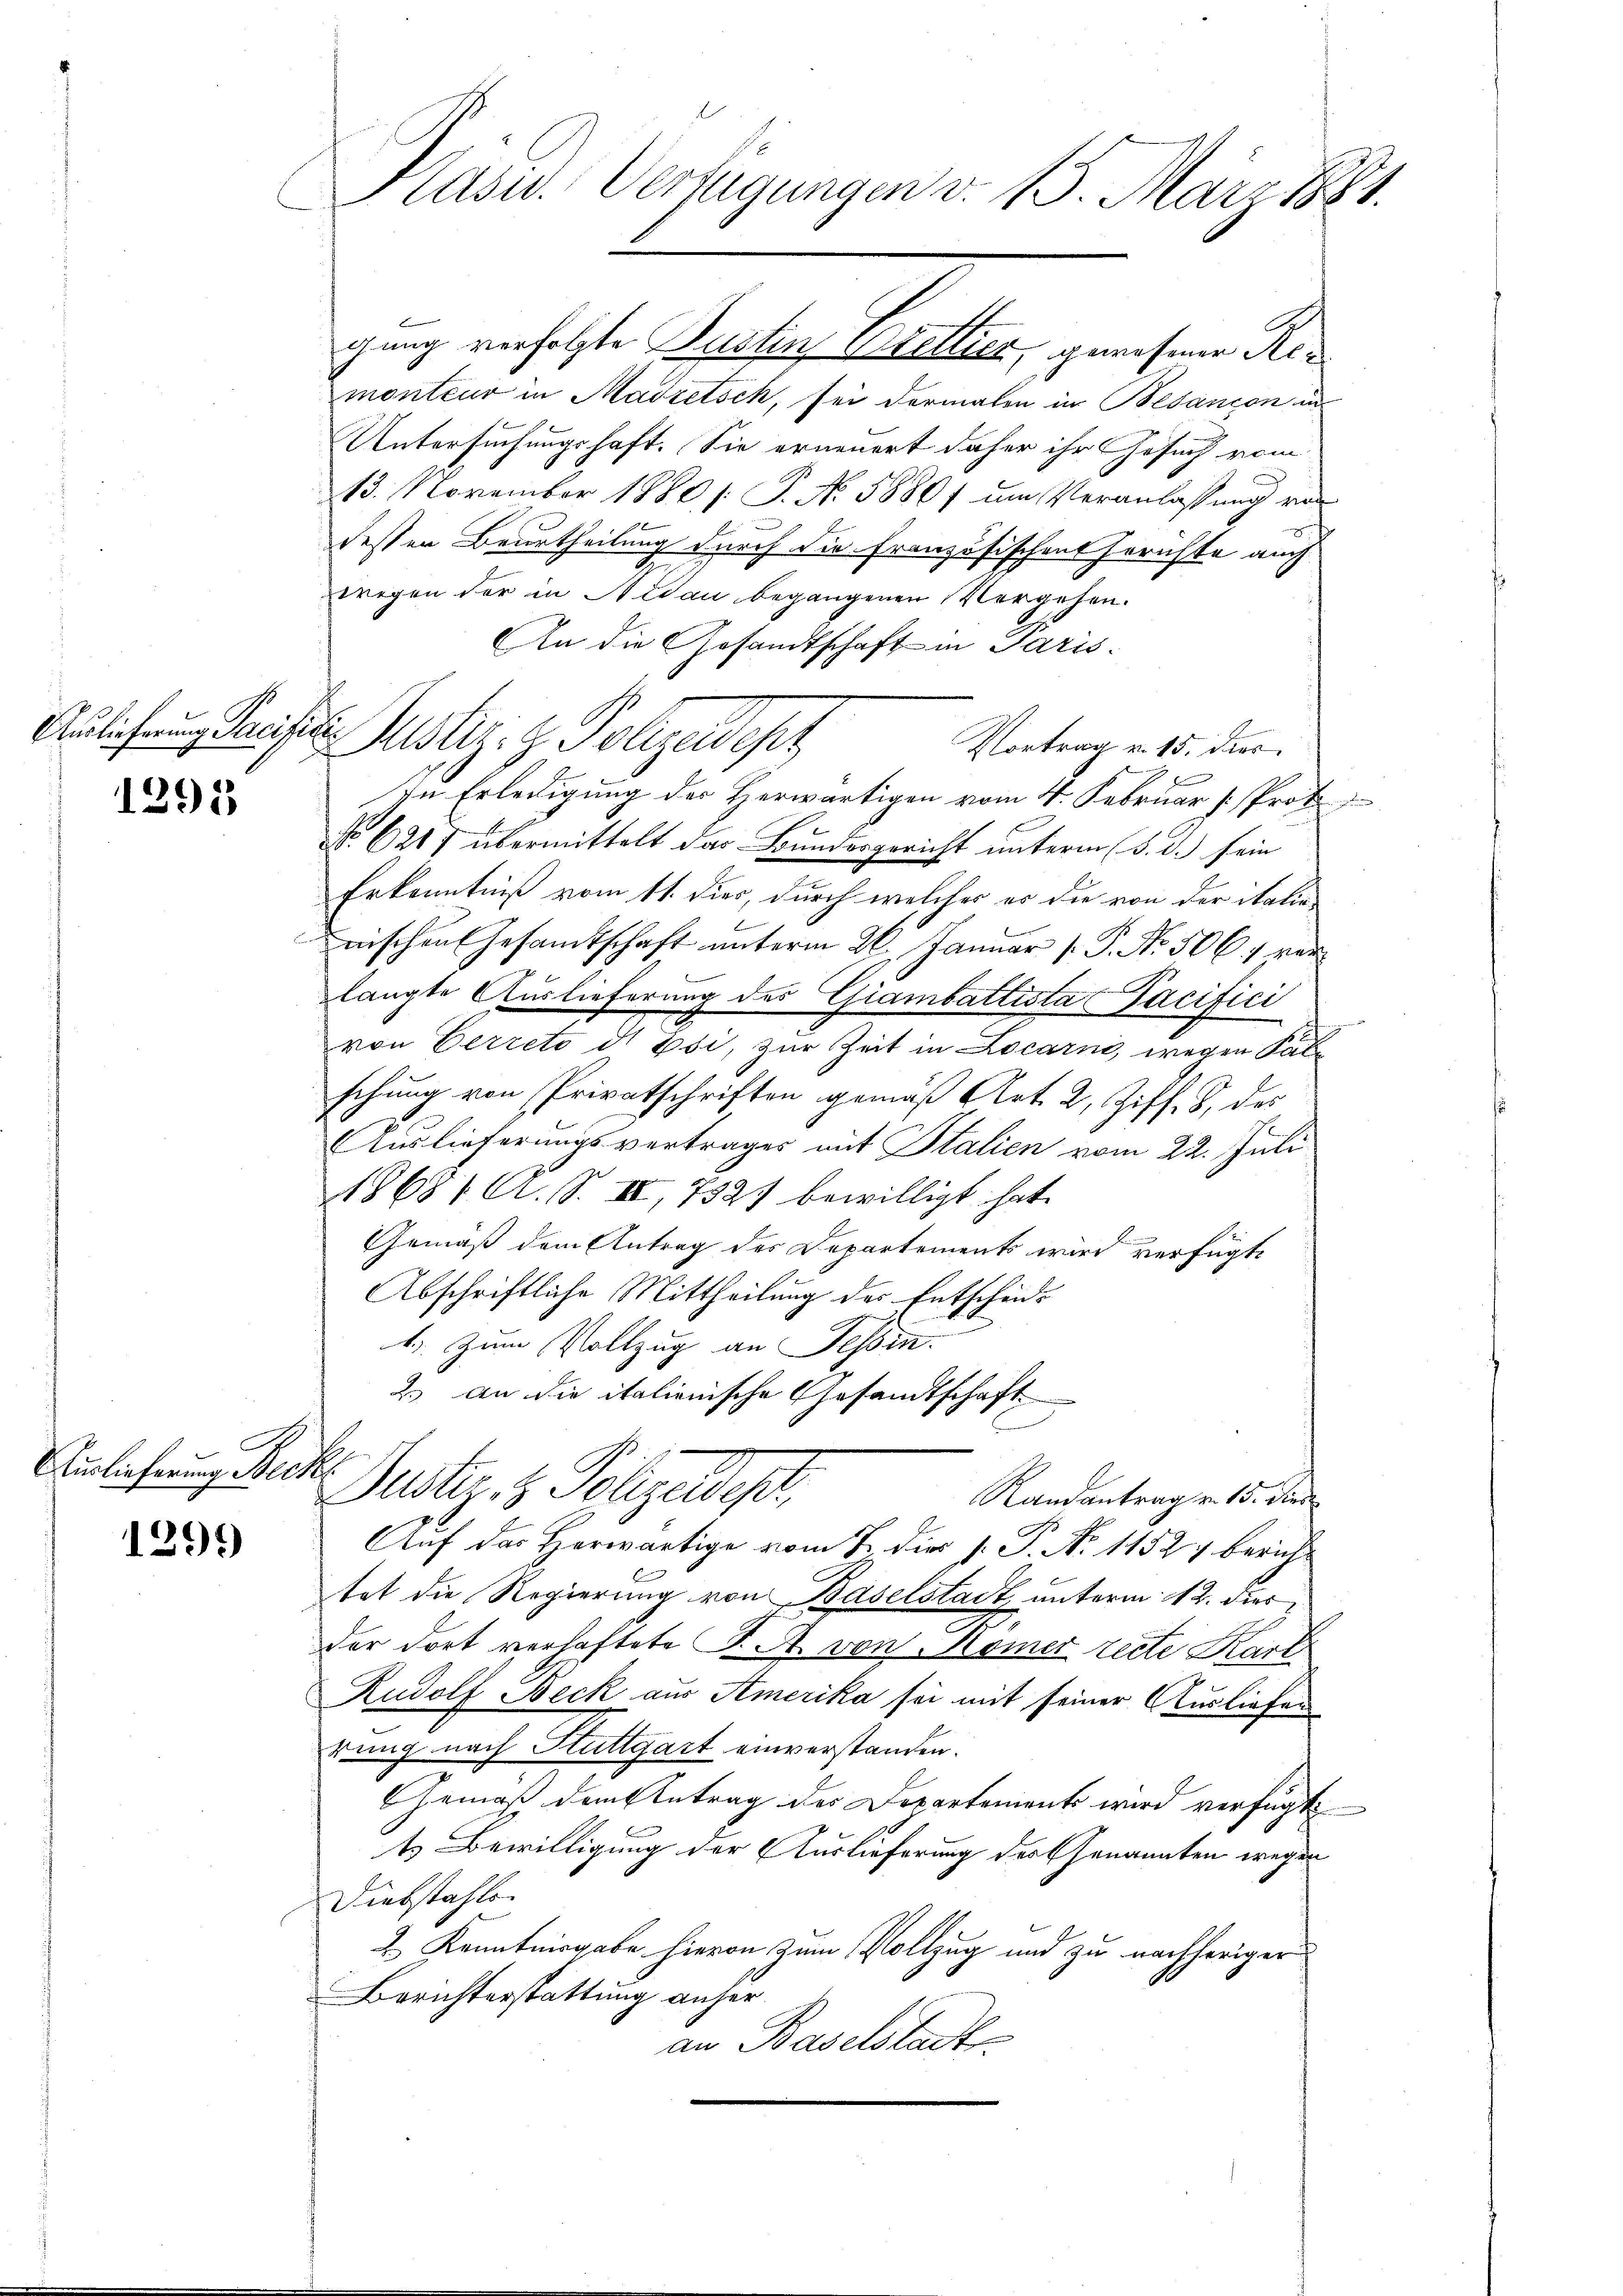
1291)

Auslieferung Beck

1299

Präsid. Verfügungen v. 15. März 1881.

monteur in Madretsch, sei dermalen in Besançon un
Untersuchungshaft. Sie erneuert daher ihr Gesuch vom
13. November 1880 /: P. No. 5880 um Veranlassung vor
dessen Beurtheilung durch die Französischen Errichte auch
wegen der in Nidau begangenen Vergehen.
An die Gesandtschaft in Paris.
Vortrag v. 15. dies
In Erledigung der Herwärtigen vom 4. Februar [Prot
No 6217 übermittelt das Bundesgericht unterm 5. d.) sein
Erkenntniß vom 11. Dies, durch welcher er die von der italinnischen Gesamtschaft unterm 26. Januar [ P. Nr. 506. 1 ver
langte Auslieferung des Giambattista Facifici
von Herreto di Esi, zur Zeit in Locarni, wegen Salschung von Privatschriften gemäß Art. 2, Ziff. 8. des
Auslieferungsvertrages mit Italien vom 22. Juli
18681 A. S. II, 7321 bewilligt hat.
Gemäß dem Antrag des Departements wird verfügte
Abschriftliche Mittheilung des Entschäd¬
1). Zum Vollzug an Tessin.
2.) An die italienische Gesandtschaft
.
Justiz- & Polizeidet,
Randantrag v. 15. Die
Auf das Herwärtige vom 2. die 1. P. Nr. 11527 berichtat die Regierung von Baselstadt unterm 12. dies
der dort verhaftete K. A. von Römer recte Karl
Rudolf Beck aus Amerika sei mit seiner Ausliefen
rung nach Stuttgart einverstanden.
Gemäß dem Antrag der Departement wird verfügt:
ts Bewilligung der Auslieferung der Genannten wegen
Diebstahle.
2 Kenntnisgabe hievon zum Vollzug und zu nachheriger
Berichterstattung anher
an Baselstadt

Aulirung Präsider Justire Polizeidest
F

gung verfolgte Pustin Stellier, gewesener Rec